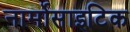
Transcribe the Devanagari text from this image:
नार्मोसाइटिक